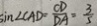
\sin \angle C A D = \frac { C D } { D A } = \frac { 3 } { 5 }